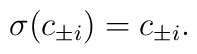
\sigma(c_{\pm i}) = c_{\pm i}.